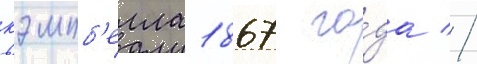
кэмпб'елла 1867 го́да //